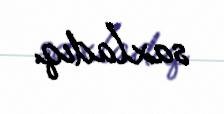
saxladıq.